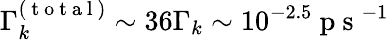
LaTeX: \Gamma_{k}^{(\mathrm{~t~o~t~a~l~})}\sim 36\Gamma_{k}\sim 10^{-2.5}\mathrm{~p~s~}^{-1}